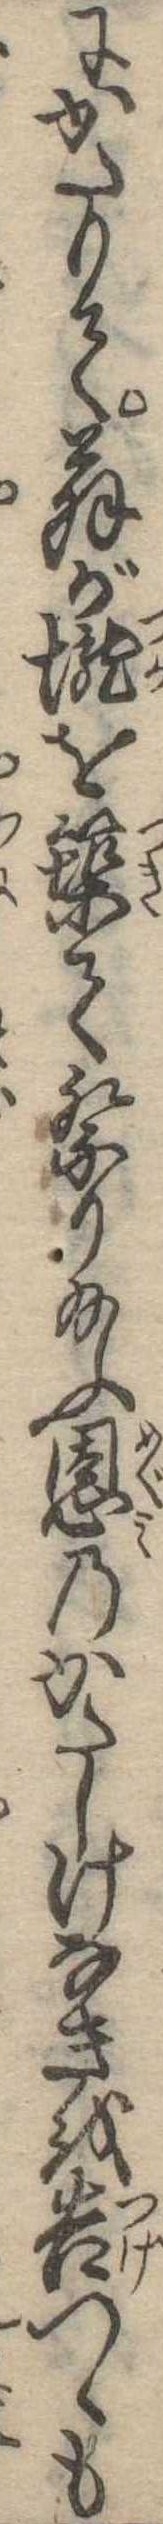
にかたりて翁が壟を築て祭り給ふ恩のかたしけなきを告つゝも